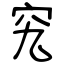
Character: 究